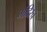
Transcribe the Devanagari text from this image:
मंदिरच